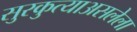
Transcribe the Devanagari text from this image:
सुरकुत्याअसलेला